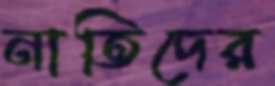
নাতিদের